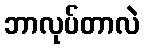
ဘာလုပ်တာလဲ